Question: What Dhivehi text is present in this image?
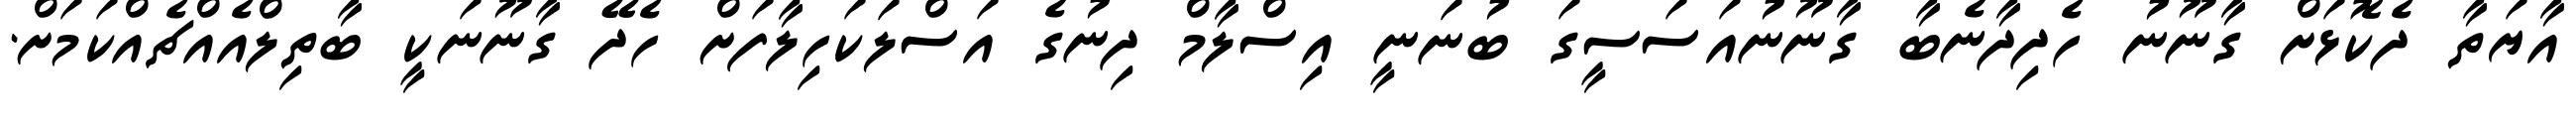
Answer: އާޔަތާ ދެކޮޅަށް ގާނޫނު ހެދިދާނެބާ ގާނޫނުއަސަސީގަ ބުނަނީ އިސްލާމް ދިނުގެ އަސްލަކަހިލާފަށް ހެދޭ ގާނޫނަކީ ބާތިލްއެއްޗެއްކަމަށް.